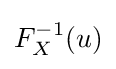
F_{X}^{-1}(u)